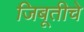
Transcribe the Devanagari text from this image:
जिबूतीचे